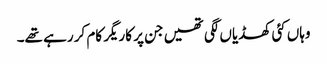
وہاں کئی کھڈیاں لگی تھیں جن پر کاریگر کام کر رہے تھے۔